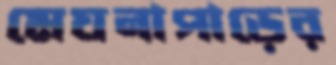
মেঘনাপাড়ের